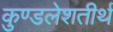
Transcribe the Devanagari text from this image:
कुण्डलेशतीर्थ